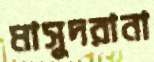
মাসুদরানা